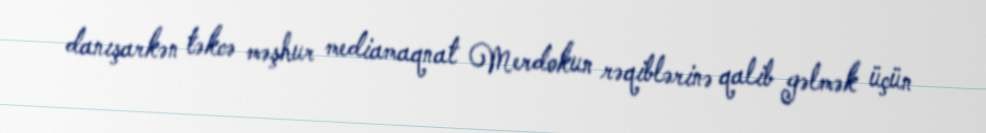
danışarkən təkcə məşhur mediamaqnat Merdokun rəqiblərinə qalib gəlmək üçün